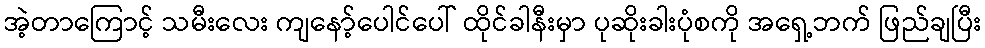
အဲ့တာကြောင့် သမီးလေး ကျနော့်ပေါင်ပေါ် ထိုင်ခါနီးမှာ ပုဆိုးခါးပုံစကို အရှေ့ဘက် ဖြည်ချပြီး